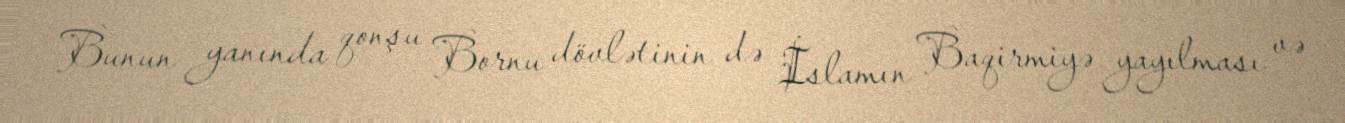
Bunun yanında qonşu Bornu dövlətinin də İslamın Baqirmiyə yayılması və